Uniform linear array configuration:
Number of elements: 16
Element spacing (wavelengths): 0.75
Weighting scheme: blackman
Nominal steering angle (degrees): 15
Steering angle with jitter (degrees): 15.617
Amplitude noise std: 0.05
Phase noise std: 0.05

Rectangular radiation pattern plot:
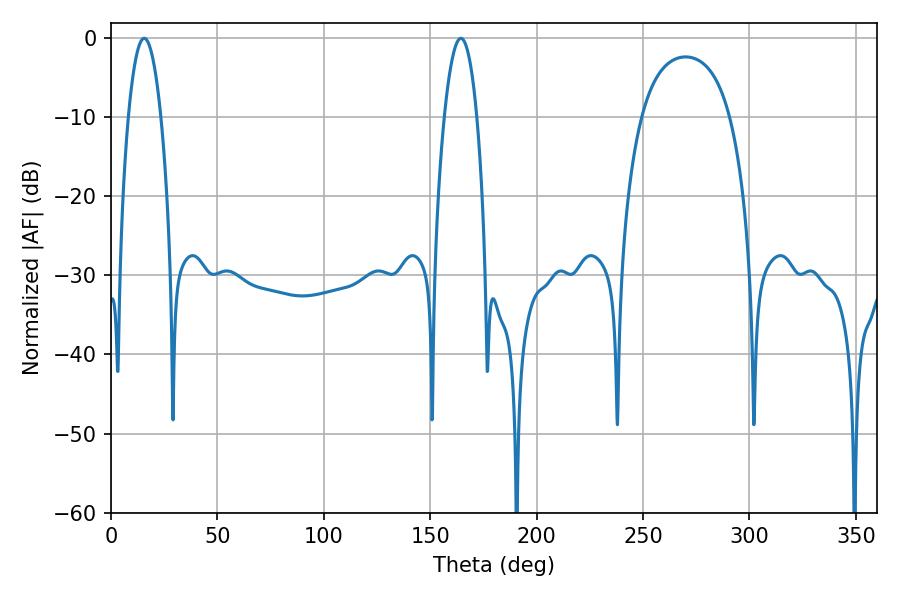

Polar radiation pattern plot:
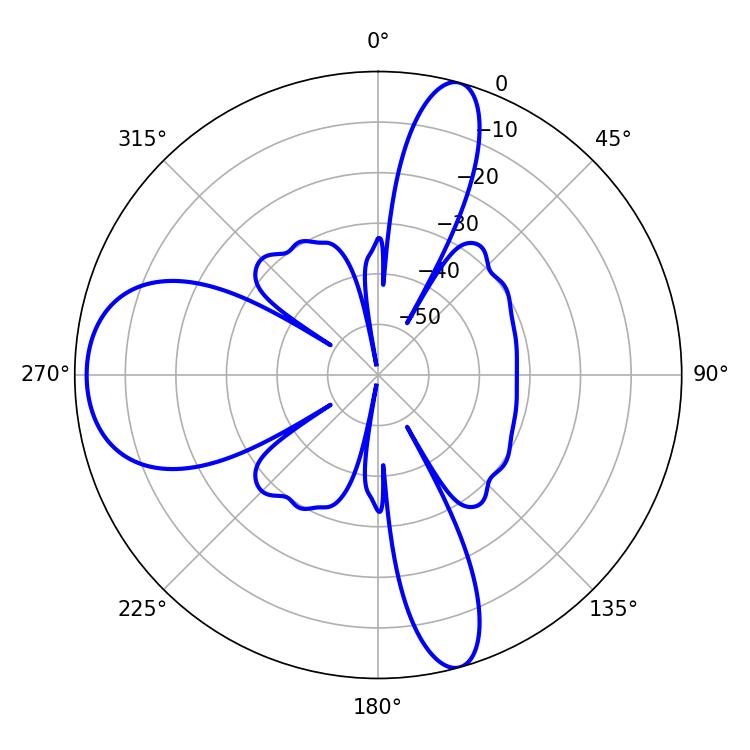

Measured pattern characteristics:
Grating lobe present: TRUE
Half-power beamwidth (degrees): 8.46
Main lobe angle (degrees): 15.66